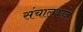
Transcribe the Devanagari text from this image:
संचालकाने